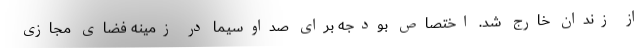
از زندان خارج شد. اختصاص بودجه برای صداوسیما در زمینه فضای مجازی